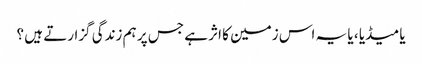
یا میڈیا ، یا یہ اس زمین کا اثر ہے جس پر ہم زندگی گزارتے ہیں ؟